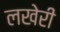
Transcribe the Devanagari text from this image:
लखेरी